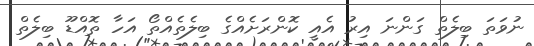
ނުވަތަ ބިލެތް ގަންނަ އިރު އެއީ ކޮންރަށެއްގެ ބިލެތެއްތޯ އަހާ ތޮއްޑޫ ބިލެތް